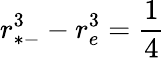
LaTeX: r_{*-}^{3}-r_{e}^{3}={\frac{1}{4}}